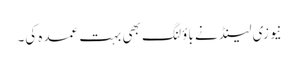
نیوزی لینڈ نے باؤلنگ بھی بہت عمدہ کی۔